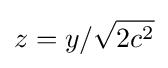
z=y/{\sqrt {2c^{2}}}